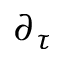
\partial _ { \tau }